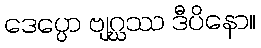
ဒေပ္ပော ဗျဂ္ဃဿ ဒီပိနော။